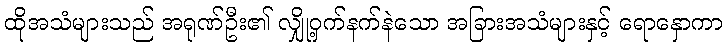
ထိုအသံများသည် အရုဏ်ဦး၏ လျှို့ဝှက်နက်နဲသော အခြားအသံများနှင့် ရောနှောကာ